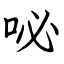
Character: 咇